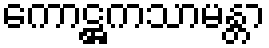
ကောဋ္ဌကသာမန္တာ